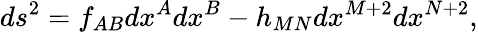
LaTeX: ds^{2}=f_{AB}dx^{A}dx^{B}-h_{MN}dx^{M+2}dx^{N+2},